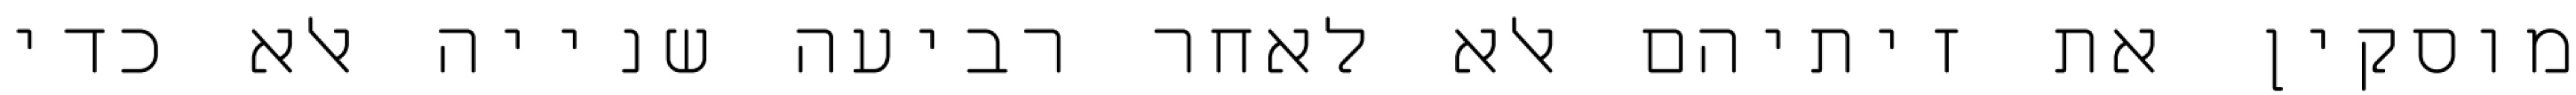
מוסקין את זיתיהם אלא לאחר רביעה שנייה אלא כדי